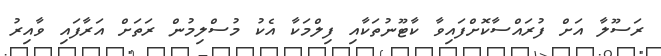
ރަސޫލާ އަށް ފުރައްސާކޮށްފައިވާ ކާޓޫނުތަކާއި ފިލްމަކާ އެކު މުސްލިމުން ރަތަށް އަރާފައި ވާއިރު